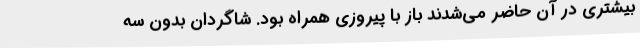
بیشتری در آن حاضر می‌شدند باز با پیروزی همراه بود. شاگردان بدون سه